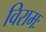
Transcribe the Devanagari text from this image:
विरामः